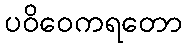
ပဝိဝေကရတော